Leaving Certificate Examination, 1914
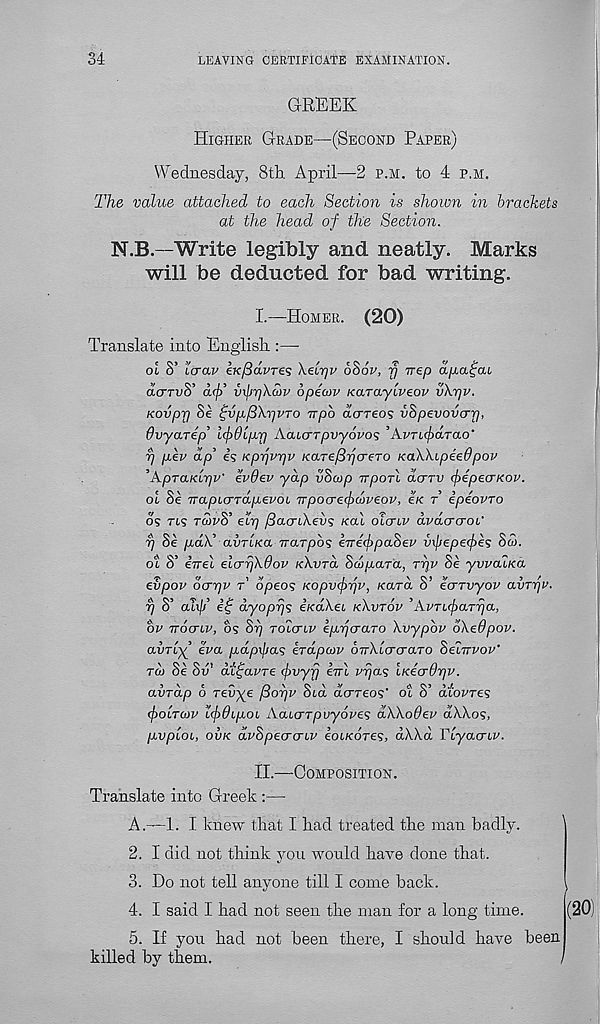
34
LEAVING CERTIFICATE EXAMINATION.
GREEK
Higher Grade—(Second Paper)
Wednesday, 8th. April—2 p.m. to 4 p.m.
The value attached to each Section is shown in brackets
at the head of the Section.
N.B.—Write legibly and neatly. Marks
will be deducted for bad writing.
I.—Homer. (20)
Translate into English.:—
oi S’ lcrap eKfidvres heir/v 68op, fj irep a/xrxfat
d(TTv8' a</>’ vkrjXdtp opewv Karaylveov vXrjv.
K-Ovprj Se fvp.fSXpvTo irpb dcrTeo? vSpevovcrr),
OvyaTep’ l(j)6lp,r) iXaujTpvyovos ’Avru^drao’
p p,ev dp' es Kppvrjv KaTe/SpcreTO KaWipeeOpov
’ApraKipp' evOev yap vScop irporl dcrTV (fepecrKov.
oi Se TrapuTTapevoL Trpocrecfxnveov, £k t ipeovro
ds rts tcovS’ eir) fiacnXevs Kal oicriv dvdcrcroi'
rj Se pdX’ avTLKa TraTpb? eTreebpaSev vxjjepefie? Sco.
ot S’ eTrel elcrrjXffop kXvto. Sw/xara, rrjv Se ywahea
evpov dcrrjv r’ dpeos Kopvcfrjv, Kara S’ ecrTvyov avrrjp.
rj S’ all/;’ ef dyoprjs heaXei kXvtov ’AvTuparr/a,
bv ttoctlv, os Si) roicriv epycraTO Xvypbv dXedpov.
avrly era pdpxfias erdpoov oirXicrcraTO Soittvov'
raj oe ov cu^avre <ftvyj] evu
LKecrthr]V.
avrap 6 revye fiorjv Sid d(TTeo<;' ot S’ dtopres
(poLTOv Icpdipoi, AaiCTTpuyove 1 ; dXXodev dXXo<;,
pvpioL, ovk dvSpecrcrLP eot/cdres, dXXd Pcyacrcp.
II.—Composition.
Translate into Greek :—
A.—1. I knew that I had treated the man badly.
2. I did not think you would have done that.
3. Do not tell anyone till I come back.
4. I said I had not seen the man for a long time.
5. If you had not been there, I should have been
killed by them.